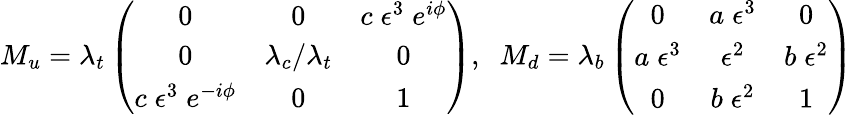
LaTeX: M_{u}=\lambda_{t}\left(\begin{array}{ccc}{{0}}&{{0}}&{{c\; \epsilon^{3}\; e^{i\phi}}}\\ {{0}}&{{\lambda_{c}/\lambda_{t}}}&{{0}}\\ {{c\; \epsilon^{3}\; e^{-i\phi}}}&{{0}}&{{1}}\end{array}\right),\; \; M_{d}=\lambda_{b}\left(\begin{array}{ccc}{{0}}&{{a\; \epsilon^{3}}}&{{0}}\\ {{a\; \epsilon^{3}}}&{{\epsilon^{2}}}&{{b\; \epsilon^{2}}}\\ {{0}}&{{b\; \epsilon^{2}}}&{{1}}\end{array}\right)